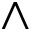
\wedge